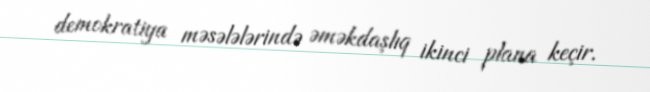
demokratiya məsələlərində əməkdaşlıq ikinci plana keçir.